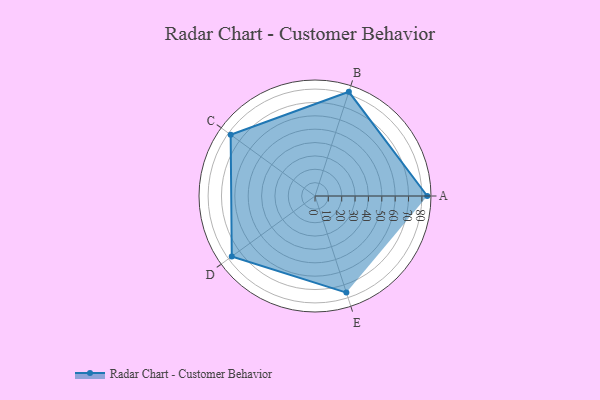
{"axis": {"x": "Skill", "y": "Score"}, "legend": ["Profile"], "data": [{"x": "A", "y": 84.0, "type": "Profile"}, {"x": "B", "y": 82.0, "type": "Profile"}, {"x": "C", "y": 78.0, "type": "Profile"}, {"x": "D", "y": 77.0, "type": "Profile"}, {"x": "E", "y": 76.0, "type": "Profile"}]}